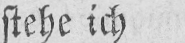
stehe ich